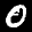
Label: 0